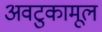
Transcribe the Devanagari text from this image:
अवटुकामूल